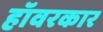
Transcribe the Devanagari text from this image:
हॉवरकार